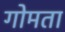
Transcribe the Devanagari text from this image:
गोमता